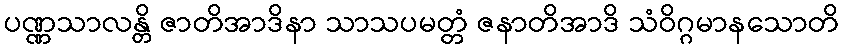
ပဏ္ဏသာလန္တိ ဇာတိအာဒိနာ သာသပမတ္တံ ဇနာတိအာဒိ သံဝိဂ္ဂမာနသောတိ